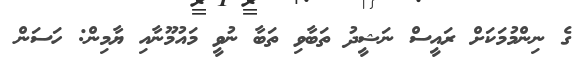
ގެ ނިންމުމަކަށް ރައީސް ނަޝީދު ތަބާވި ތަބާ ނުވީ މައުމޫނާއި ޔާމިން: ހަސަން